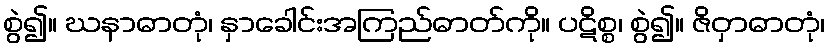
စွဲ၍။ ဃနာဓာတုံ၊ နှာခေါင်းအကြည်ဓာတ်ကို။ ပဋိစ္စ၊ စွဲ၍။ ဇိဝှာဓာတုံ၊